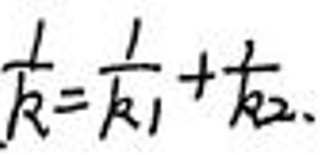
$\frac{1}{R}=\frac{1}{R_{1}}+\frac{1}{R_{2}}$